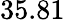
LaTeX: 35.81